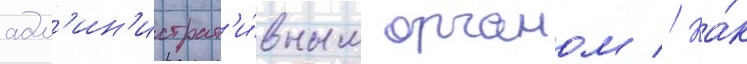
адм'ин'истрат'и́вным органом // Ка́к